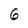
Character: 6